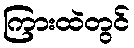
ကြားထဲတွင်